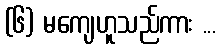
(၆) မကျေဟူသည်ကား ...